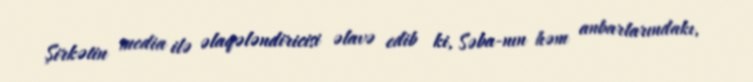
Şirkətin media ilə əlaqələndiricisi əlavə edib ki, Səba-nın həm anbarlarındakı,